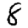
Digit: 8